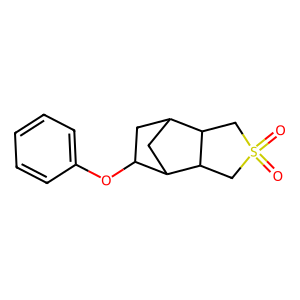
SMILES: O=S1(=O)CC2C3CC(Oc4ccccc4)C(C3)C2C1
Inhibits HIV replication: No